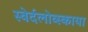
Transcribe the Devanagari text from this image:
स्वेर्दलोव्स्काया